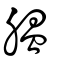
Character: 膃